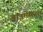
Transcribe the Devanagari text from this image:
डाइमेंसनल